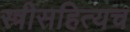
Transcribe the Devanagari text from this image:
स्त्रीसहित्यच